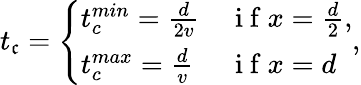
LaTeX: t_{\mathfrak{c}}=\left\{ \begin{array}{ll}{t_{c}^{min}=\frac{d}{2v}}&{\mathrm{~i~f~}x=\frac{d}{2},}\\ {t_{c}^{max}=\frac{d}{v}}&{\mathrm{~i~f~}x=d}\end{array}\right.,